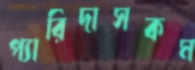
প্যারিদাসকম